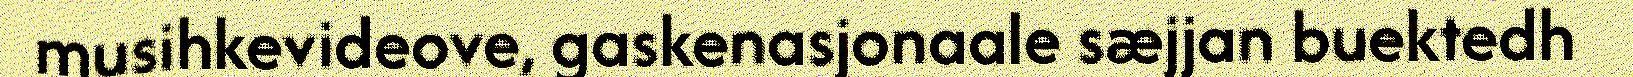
musihkevideove, gaskenasjonaale sæjjan buektedh